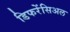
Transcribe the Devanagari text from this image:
डिफरेंसिअल